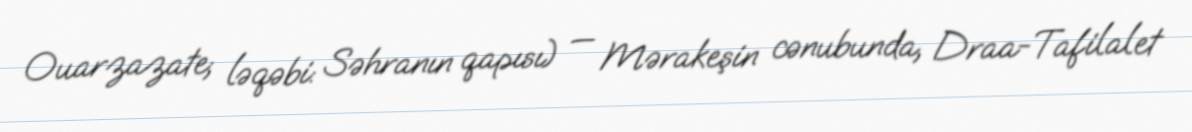
Ouarzazate; ləqəbi: Səhranın qapısı) — Mərakeşin cənubunda, Draa-Tafilalet